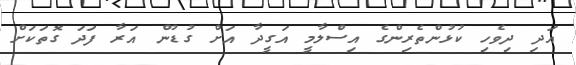
އަދި ދިވެހި ކުޅުންތެރިންގެ އިސްލާމީ އަގީދާ އަށް ގުޑުން އަރާ ފަދަ ގޮތަކަށް